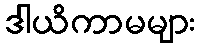
ဒါယိကာမများ